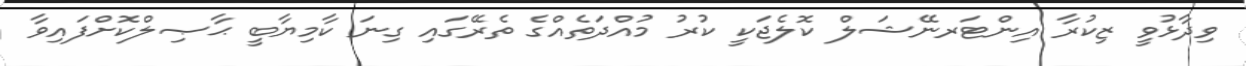
ވިދާޅުވީ ޒިކުރާ އިންޓަރނޭޝަލް ކޮލެޖަކީ ކުރު މުއްދަތެއްގެ ތެރޭގައި ގިނަ ކާމިޔާބީ ޙާޞިލްކޮށްފައިވާ